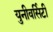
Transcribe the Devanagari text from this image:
युनीवर्सिटी